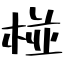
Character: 椪